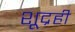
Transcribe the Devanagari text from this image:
शूद्रही